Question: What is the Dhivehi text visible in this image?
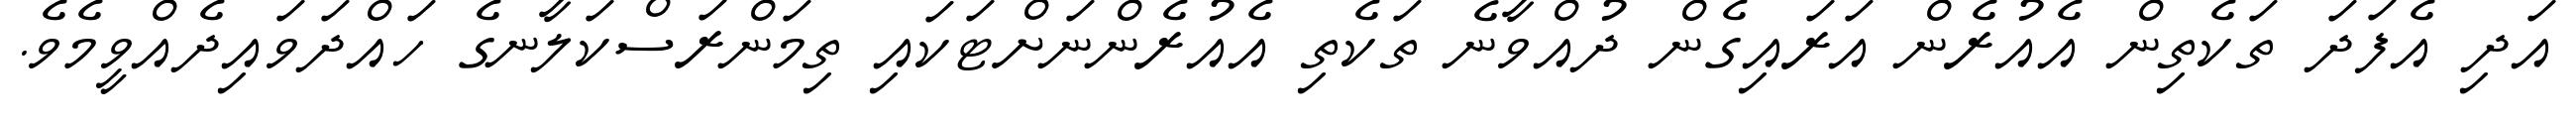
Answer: އަދި އެފަދަ ތަކެތިން އެއުރެން އަރައިގެން ދުއްވާނެ ތަކެތި އެއުރެންނަށްޓަކައި ތިމަންރަސްކަލާނގެ ހައްދަވައިދެއްވީމެވެ.